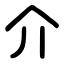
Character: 介